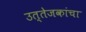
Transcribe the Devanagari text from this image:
उत्तेजकांचा